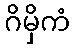
ဂိမှိကံ